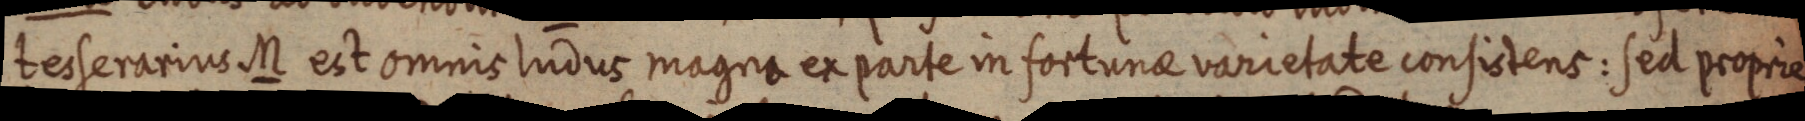
tesserarius M est omnis ludus magna ex parte in fortunae varietate consistent: sed proprie